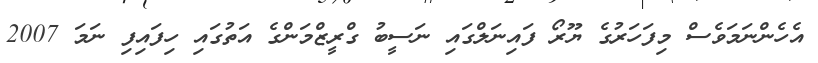
އެހެންނަމަވެސް މިފަހަރުގެ ޔޫރޯ ފައިނަލްގައި ނަސީބު ގްރީޒްމަންގެ އަތުގައި ހިފައިފި ނަމަ 2007